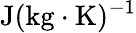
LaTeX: \mathrm{J}(\mathrm{kg}\cdot\mathrm{K})^{-1}